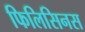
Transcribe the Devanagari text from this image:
फिलिसिनस